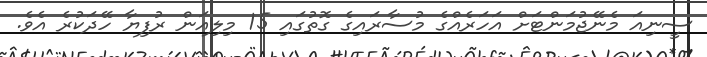
ސީނިއަ މެނޭޖުމަންޓަށް އަހަރެއްގެ މުސާރައިގެ ގޮތުގައި 15 މިލިއަން ރުފިޔާ ހޭދަކުރެ އެވެ.